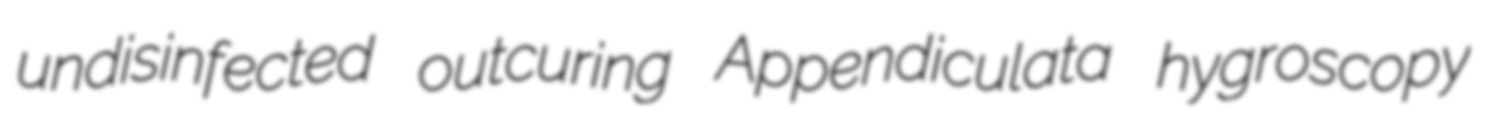
undisinfected outcuring Appendiculata hygroscopy